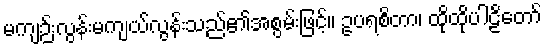
မကျဉ်းလွန်းမကျယ်လွန်းသည်၏အစွမ်းဖြင့်။ ဥပရစိတာ၊ ထိုထိုပါဠိတော်